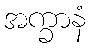
အက္ခာနံ